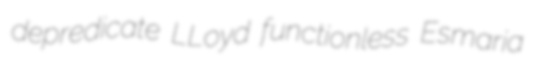
depredicate LLoyd functionless Esmaria